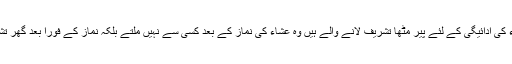
وہاں پر لوگ وضو کر رہے تھے انہوں نے بتایا کہ نمازعشاء کی ادائیگی کے لئے پیر مٹھاؒ تشریف لانے والے ہیں وہ عشاء کی نماز کے بعد کسی سے نہیں ملتے بلکہ نماز کے فورا بعد گھر تشریف لے جاتے ہیں، لہذا ابھی آپ کی ملاقات نہ ہو سکے گی۔